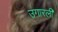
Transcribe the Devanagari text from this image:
उगारली